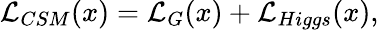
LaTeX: {\cal L}_{CSM}(x)={\cal L}_{G}(x)+{\cal L}_{Higgs}(x),